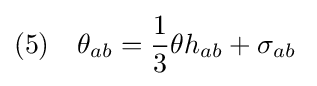
(5)\quad \theta _{ab}={\frac {1}{3}}\theta h_{ab}+\sigma _{ab}\;